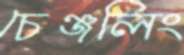
চেঞ্জলিং